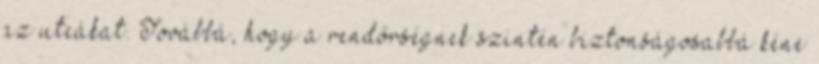
az utcákat. Továbbá, hogy a rendőrségnek szintén biztonságosabbá kéne